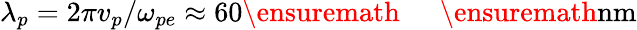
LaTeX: \lambda_{p}=2\pi v_{p}/\omega_{pe}\approx 60\ensuremath{\mathrm{~\textrm~{~\, ~}~}}\ensuremath{\mathrm{nm}}